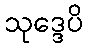
သုဒ္ဒေပိ